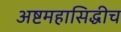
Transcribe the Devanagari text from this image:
अष्टमहासिद्धीच